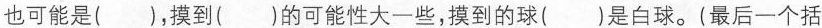
也可能是()，摸到()的可能性大一些，摸到的球()是白球。(最后一个括